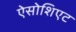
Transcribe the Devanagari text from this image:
ऐसोशिएट